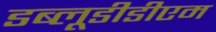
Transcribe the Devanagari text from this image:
डब्लूडीडीएम